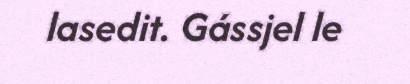
lasedit. Gássjel le